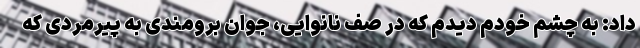
داد: به چشم خودم دیدم که در صف نانوایی، جوان برومندی به پیرمردی که